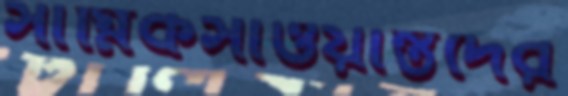
সাগ্নিকসাওয়ান্তদের